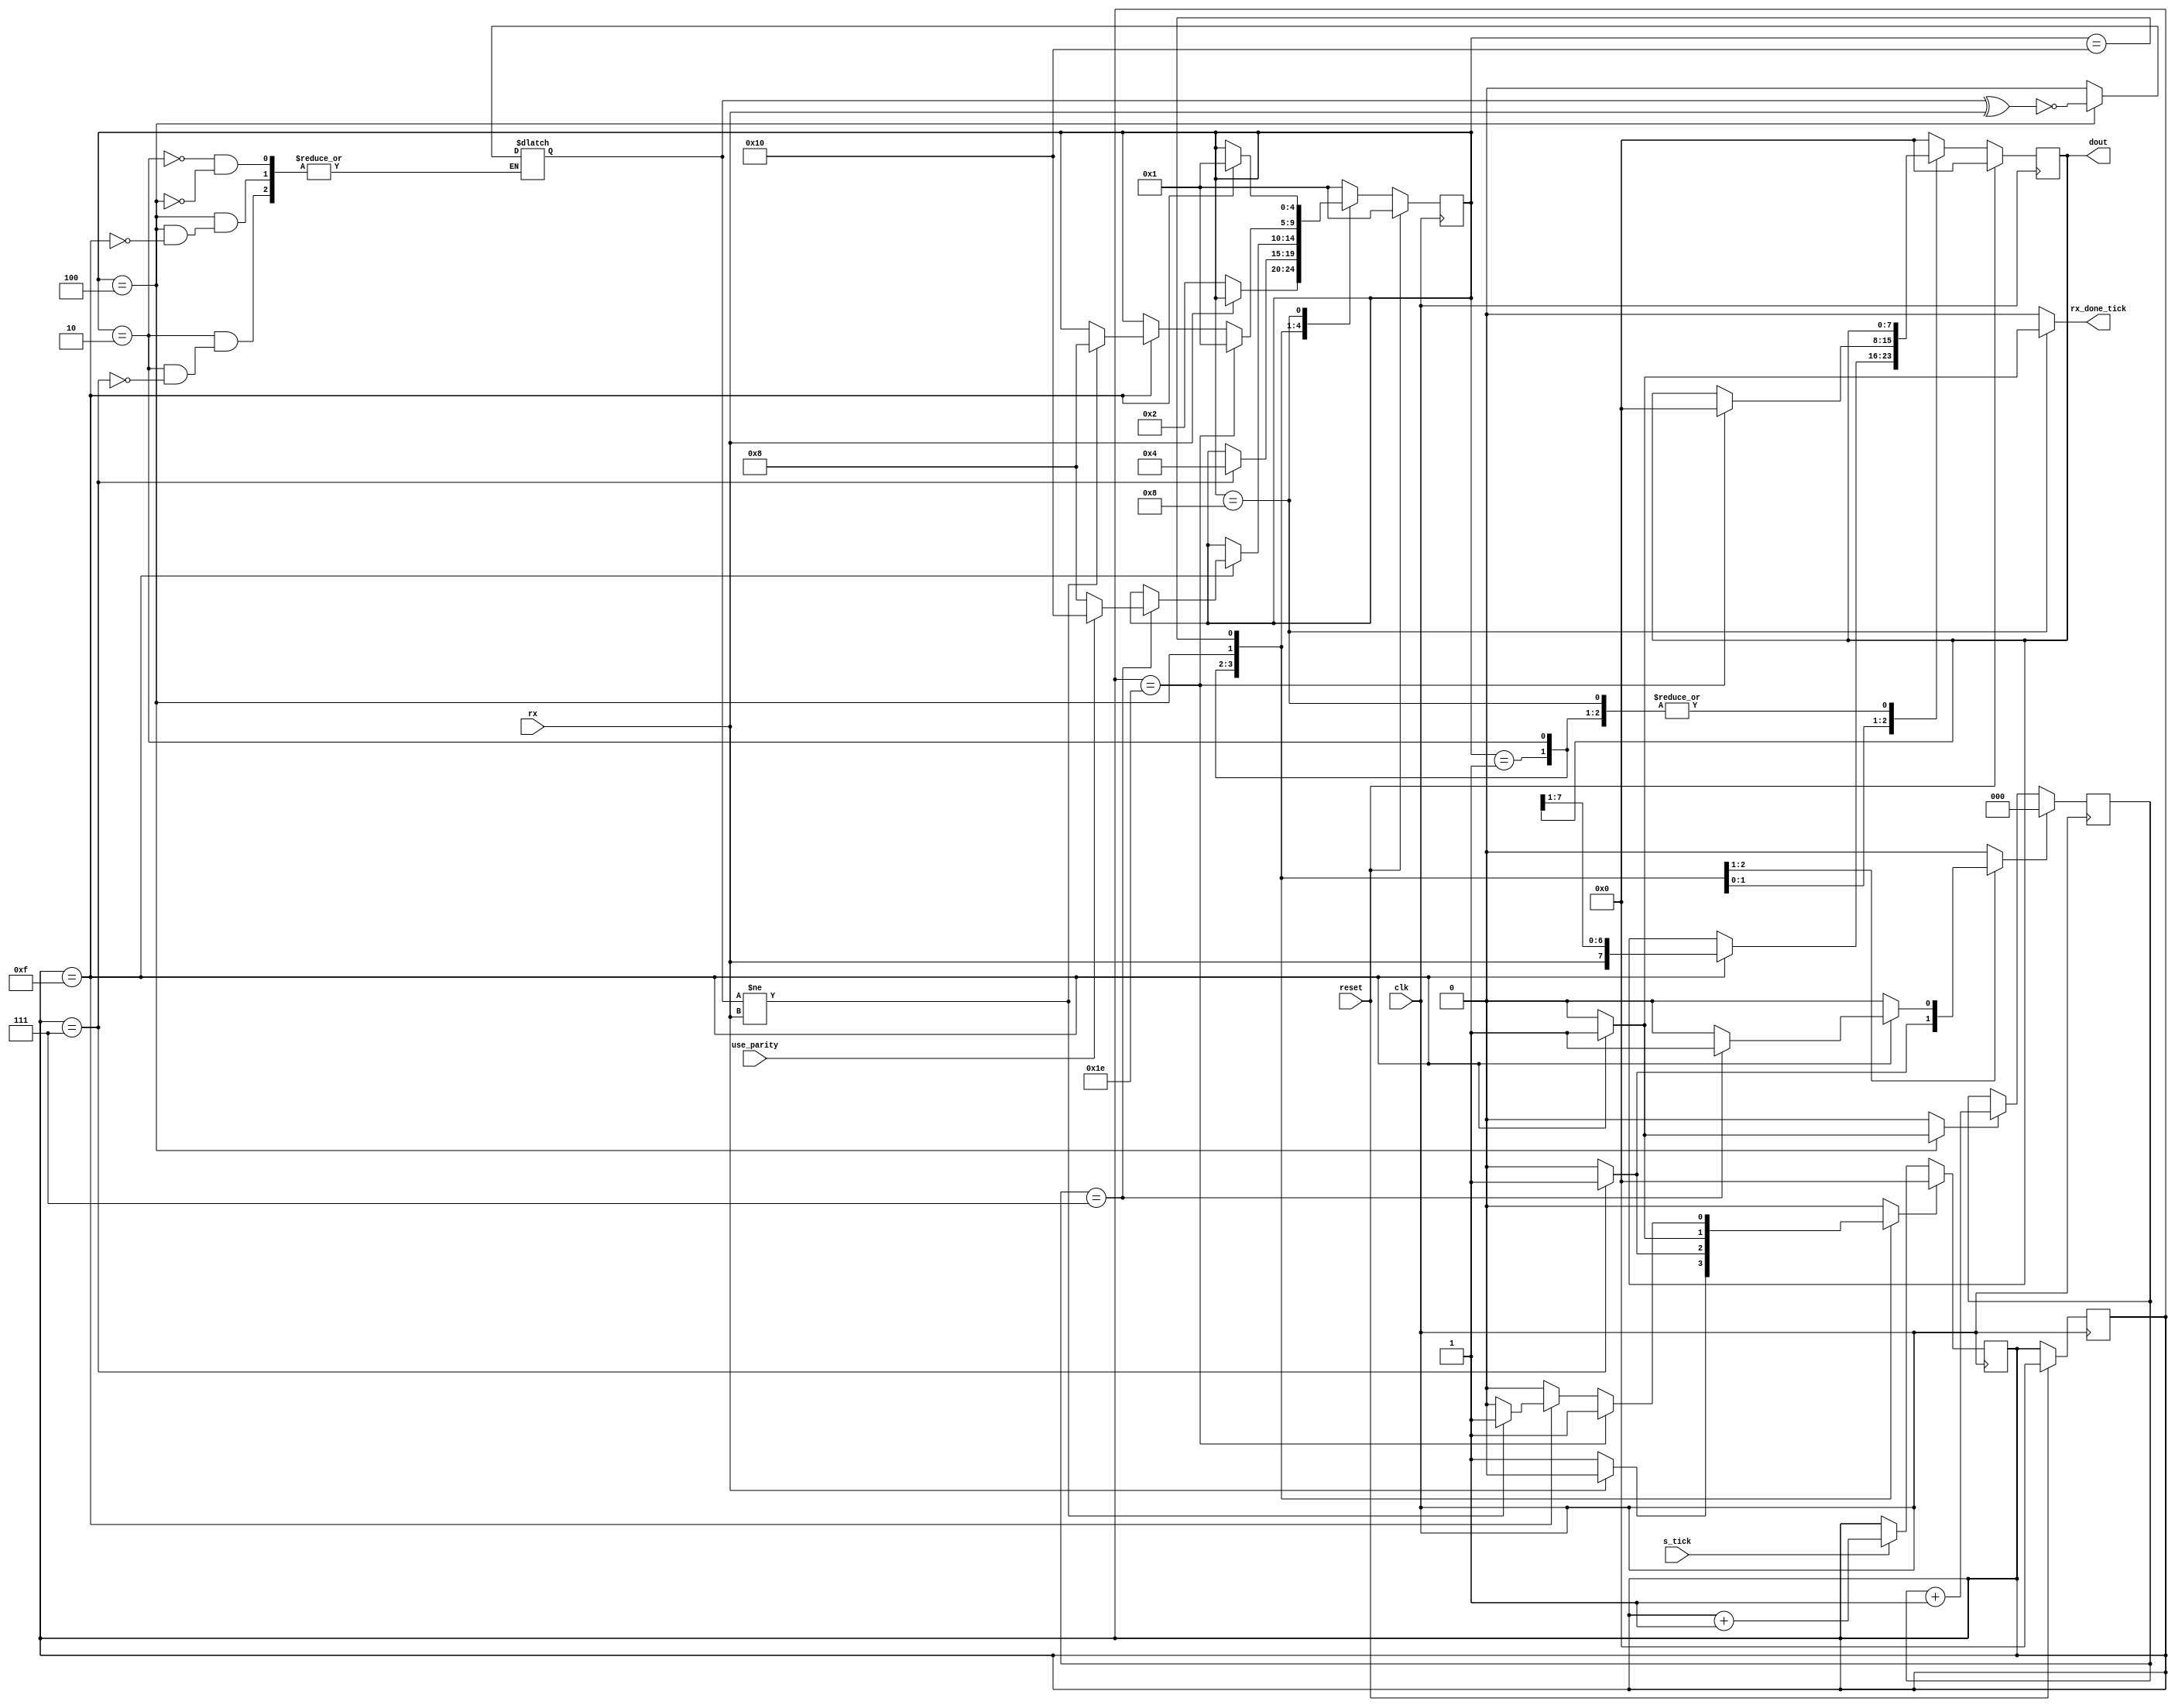
`timescale 10ns / 1ps
//////////////////////////////////////////////////////////////////////////////////
// Company: 
// Engineer: 
// 
// Create Date: 
// Design Name: 
// Module Name: Rx_parity
// Project Name: 
// Target Devices: 
// Tool Versions: 
// Description: 
// 
// Dependencies: 
// 
// Revision:
// Revision 0.01 - File Created
// Additional Comments:
// 
//////////////////////////////////////////////////////////////////////////////////


module Rx_parity
  #(
    parameter N_DATA = 8,
    parameter N_STOP = 1,
    parameter BAUDRATE = 19200,
    parameter CLOCK = 50000000,
    parameter TICK_RATE = CLOCK / (BAUDRATE * 16),
    parameter N_TICK_COUNTER = $clog2(TICK_RATE),
    parameter N_DATA_COUNTER = $clog2(N_DATA)                  
    )
   (
    output wire [N_DATA - 1 : 0] dout,
    output reg rx_done_tick,
    input wire clk,
    input wire s_tick,
    input wire rx,
    input wire use_parity,
    input reset
    );
  
    localparam N_STATES = 5;
    localparam N_TICKS = 16;
    localparam N_STOP_TICKS = N_STOP * N_TICKS;
   
    localparam [N_STATES - 1 : 0] IDLE = 5'b00001;
    localparam [N_STATES - 1 : 0] START = 5'b00010;
    localparam [N_STATES - 1 : 0] DATA = 5'b00100;
    localparam [N_STATES - 1 : 0] STOP = 5'b01000;
    localparam [N_STATES - 1 : 0] PARITY = 5'b10000;  //Paridad par -- si viene un numero con cantidad impar de 1, debo recibir un 1, si tengo una cantidad par de 1, debo recibir un 0

    reg [N_STATES - 1 : 0] state;
    reg [N_STATES - 1 : 0] state_next;

    reg [N_TICK_COUNTER - 1 : 0] tick_counter;
    reg reset_tick_counter;
    
    reg [N_DATA - 1 : 0] data;
    reg [N_DATA - 1 : 0] data_next;
    reg [N_DATA_COUNTER - 1 : 0] data_bit_counter;
    reg reset_data_counter;
    reg data_counter_flag;
    
    reg parity_check;
    
  
    always @(posedge clk) begin
        if (reset) begin
            state           <= IDLE;
            tick_counter    <= 0;
            data            <= 0;
        end
        else begin
            state <= state_next;
            data <= data_next;
        end
    end
    
    always @ (posedge clk) begin
        if (reset_tick_counter)
            tick_counter <= 0;
        else if (s_tick)
            tick_counter <= tick_counter + 1;
    end

    always @ (posedge clk)
    begin
        if (reset_data_counter)
            data_bit_counter <= 0;
        else if(data_counter_flag)
            data_bit_counter <= data_bit_counter + 1;
    end


    always @(*) begin
        state_next = state;
        data_next = data;
        reset_tick_counter = 0;
        reset_data_counter = 0;
        data_counter_flag = 0;
        rx_done_tick = 0;

        case(state)
            IDLE: begin
                if(rx == 0) begin
                    state_next = START;
                    reset_tick_counter = 1;
                end
            end
            START: begin
                if(tick_counter == 7) begin
                    state_next = DATA;
                    reset_tick_counter = 1;
                    reset_data_counter = 1;
                    parity_check = 0;
                end         
            end
            DATA: begin
                if(tick_counter == 15) begin
                    data_next = {rx, data[N_DATA - 1 : 1]};
                    parity_check = ~(parity_check ^ rx);
                    reset_tick_counter = 1;
                   data_counter_flag = 1;
                    if( data_bit_counter == N_DATA - 1 ) begin
                        if( use_parity)
                            state_next = PARITY;
                        else
                            state_next = STOP;
                        reset_data_counter = 1;
                    end
                end
            end
            PARITY: begin
                if(tick_counter == 15) begin
                    if(parity_check != rx) begin 
                        state_next = STOP;
                        reset_tick_counter = 1;
                     end
                 end
                 if(tick_counter == 15 + N_STOP_TICKS - 1) begin
                     state_next = IDLE;
                     data_next = 0;
                     reset_tick_counter = 1;
                 end
            end
            STOP: begin
                if( tick_counter == N_STOP_TICKS - 1 ) begin
                    state_next = IDLE;
                    rx_done_tick = 1;
                end
            end
            default: begin
                state_next = IDLE;
                data_next = 0;
            end
        endcase
    end
    
    assign dout = data;
  
endmodule